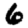
Digit: 6